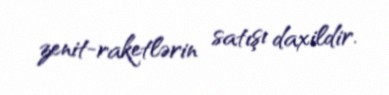
zenit-raketlərin satışı daxildir.